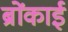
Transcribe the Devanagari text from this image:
ब्रोंकाई